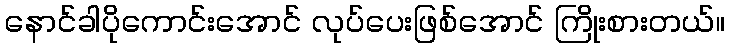
နောင်ခါပိုကောင်းအောင် လုပ်ပေးဖြစ်အောင် ကြိုးစားတယ်။